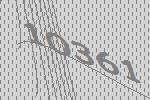
10361